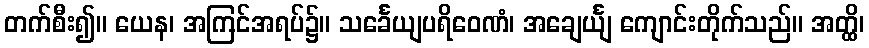
တက်စီး၍။ ယေန၊ အကြင်အရပ်၌။ သင်္ခေယျပရိဝေဏံ၊ အချေင်္ယျ ကျောင်းတိုက်သည်။ အတ္ထိ၊